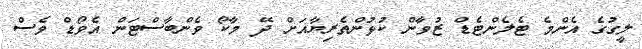
ލީގުގެ އެންމެ ޓެލެންޓެޑް ޒުވާން ކުޅުންތެރިޔާއަށް ދޭ މާކޯ ވެންބާސްޓަން އެވޯޑް ވެސް